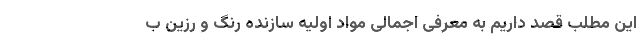
این مطلب قصد داریم به معرفی اجمالی مواد اولیه سازنده رنگ و رزین ب